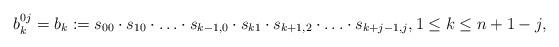
LaTeX: \begin{align*}b^{0j}_k = b_{k} := s_{00} \cdot s_{10} \cdot \ldots \cdot s_{k-1,0} \cdot s_{k1} \cdot s_{k+1,2} \cdot\ldots \cdot s_{k+j-1,j} , 1 \leq k \leq n+1-j, \end{align*}